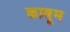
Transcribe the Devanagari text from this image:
काबूम